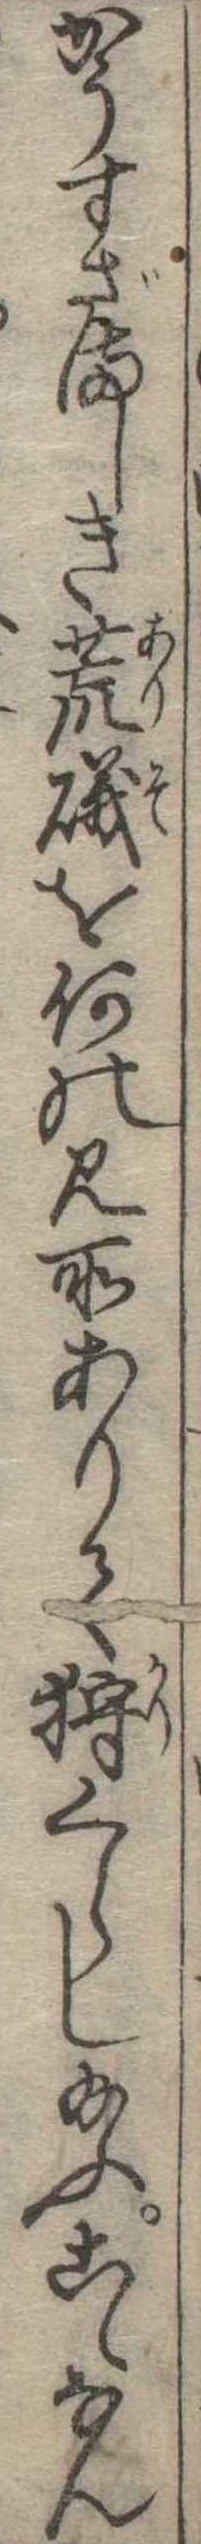
かうすざましき荒磯を何の見所ありて狩くらし給ふこゝなん